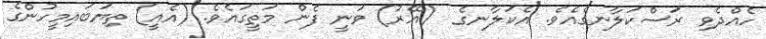
ހެއްދެވި ރަސްކަލާނގެއެވެ. އެކަލާނގެ  (އޭރު) ވަނީ ފެން މަތީގައެވެ. (އެއީ) ތިޔަބައިމީހުންގެ